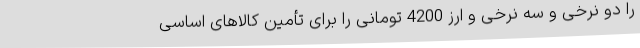
را دو نرخی و سه نرخی و ارز 4200 تومانی را برای تأمین کالاهای اساسی